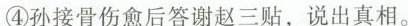
②④孙接骨伤愈后答谢赵三贴，说出真相。